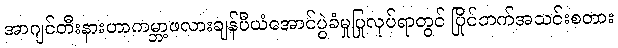
အာဂျင်တီးနားဟာကမ္ဘာ့ဖလားချန်ပီယံအောင်ပွဲခံမှုပြုလုပ်ရာတွင် ပြိုင်ဘက်အသင်းစတား